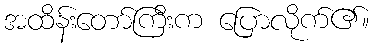
အထိန်းတော်ကြီးက ပြောလိုက်၏။